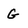
Character: G